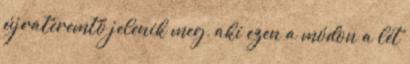
újrateremtő jelenik meg, aki ezen a módon a lét